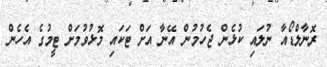
ރޮނާލްޑޯއާ ނުލައި ކުޅެން ޖެހުމުން އޭނާ އަށް ޓަކައި މޮޅުވުމަށް ޓީމުގެ އެހެން